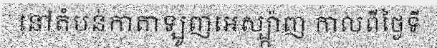
នៅតំបន់កាតាឡូញអេស្ប្ក៉ាញ កាលពីថ្ងៃទី